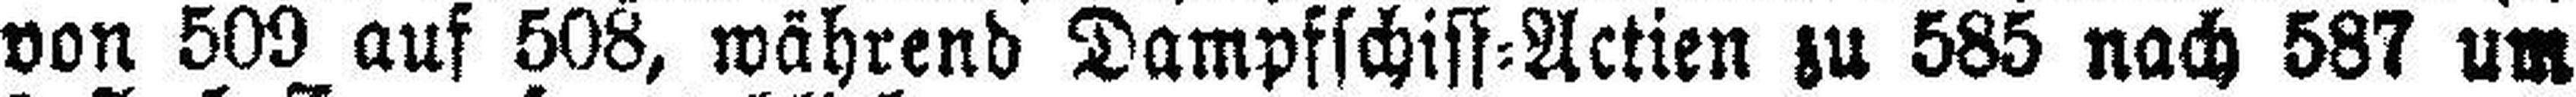
von 509 auf 508, während Dampfschiss=Actien zu 585 nach 587 um